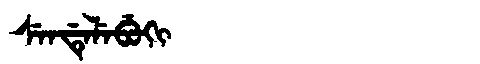
Manchu: ᠰᡝᠨᡩᡝᠯᡝᠪᡠᡴᡳ
Romanization: SENDELEBUKI